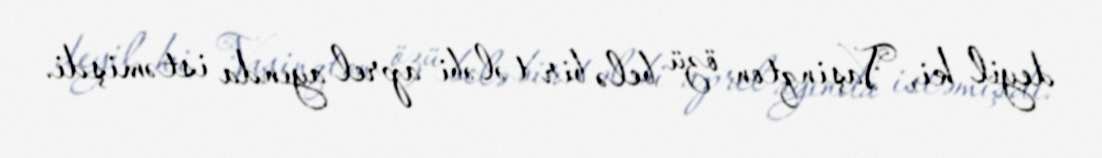
deyil ki, Vaşinqton özü belə bir tələbi aprel ayında istəmişdi.